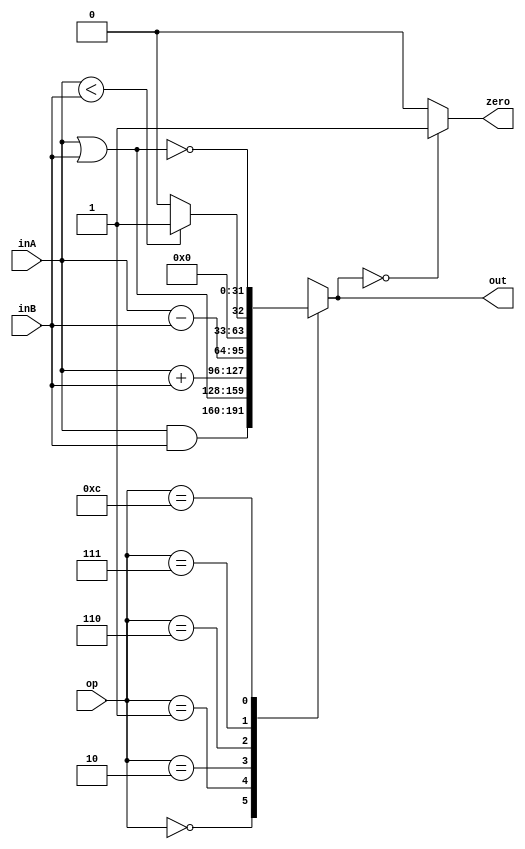

`timescale 1ns/1ps


// Small ALU. Inputs: inA, inB. Output: out. 
// Operations: bitwise and (op = 0)
//             bitwise or  (op = 1)
//             addition (op = 2)
//             subtraction (op = 6)
//             slt  (op = 7)
//             nor (op = 12)
module ALU #(parameter N=32)( output reg [N-1 : 0]out,
			      output reg zero,
			      input [N-1 : 0]inA,
			      input [N-1 : 0]inB,
			      input [3 : 0]op );
parameter AND_OP = 4'b0000 ,
 	  OR_OP  = 4'b0001 ,
 	  ADD_OP = 4'b0010 ,
  	  SUB_OP = 4'b0110 ,
       	  SLT_OP = 4'b0111 ,
 	  NOR_OP = 4'b1100 ;




always @(inA, inB, op)
	begin
		case(op)
			AND_OP  : out = inA & inB;
			OR_OP   : out = inA | inB;
			ADD_OP  : out = inA + inB;
			SUB_OP  : out = inA - inB;
			SLT_OP  : out = ((inA < inB)? 1 : 0);
			NOR_OP  : out = ~(inA | inB);
			default : out = 'bx;
		endcase
	
		if (out == 0) zero = 1'b1;
		else	      zero = 1'b0;

	end
endmodule